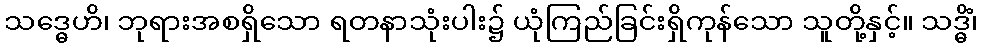
သဒ္ဓေဟိ၊ ဘုရားအစရှိသော ရတနာသုံးပါး၌ ယုံကြည်ခြင်းရှိကုန်သော သူတို့နှင့်။ သဒ္ဓိံ၊